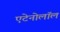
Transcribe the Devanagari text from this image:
एटेनोलॉल